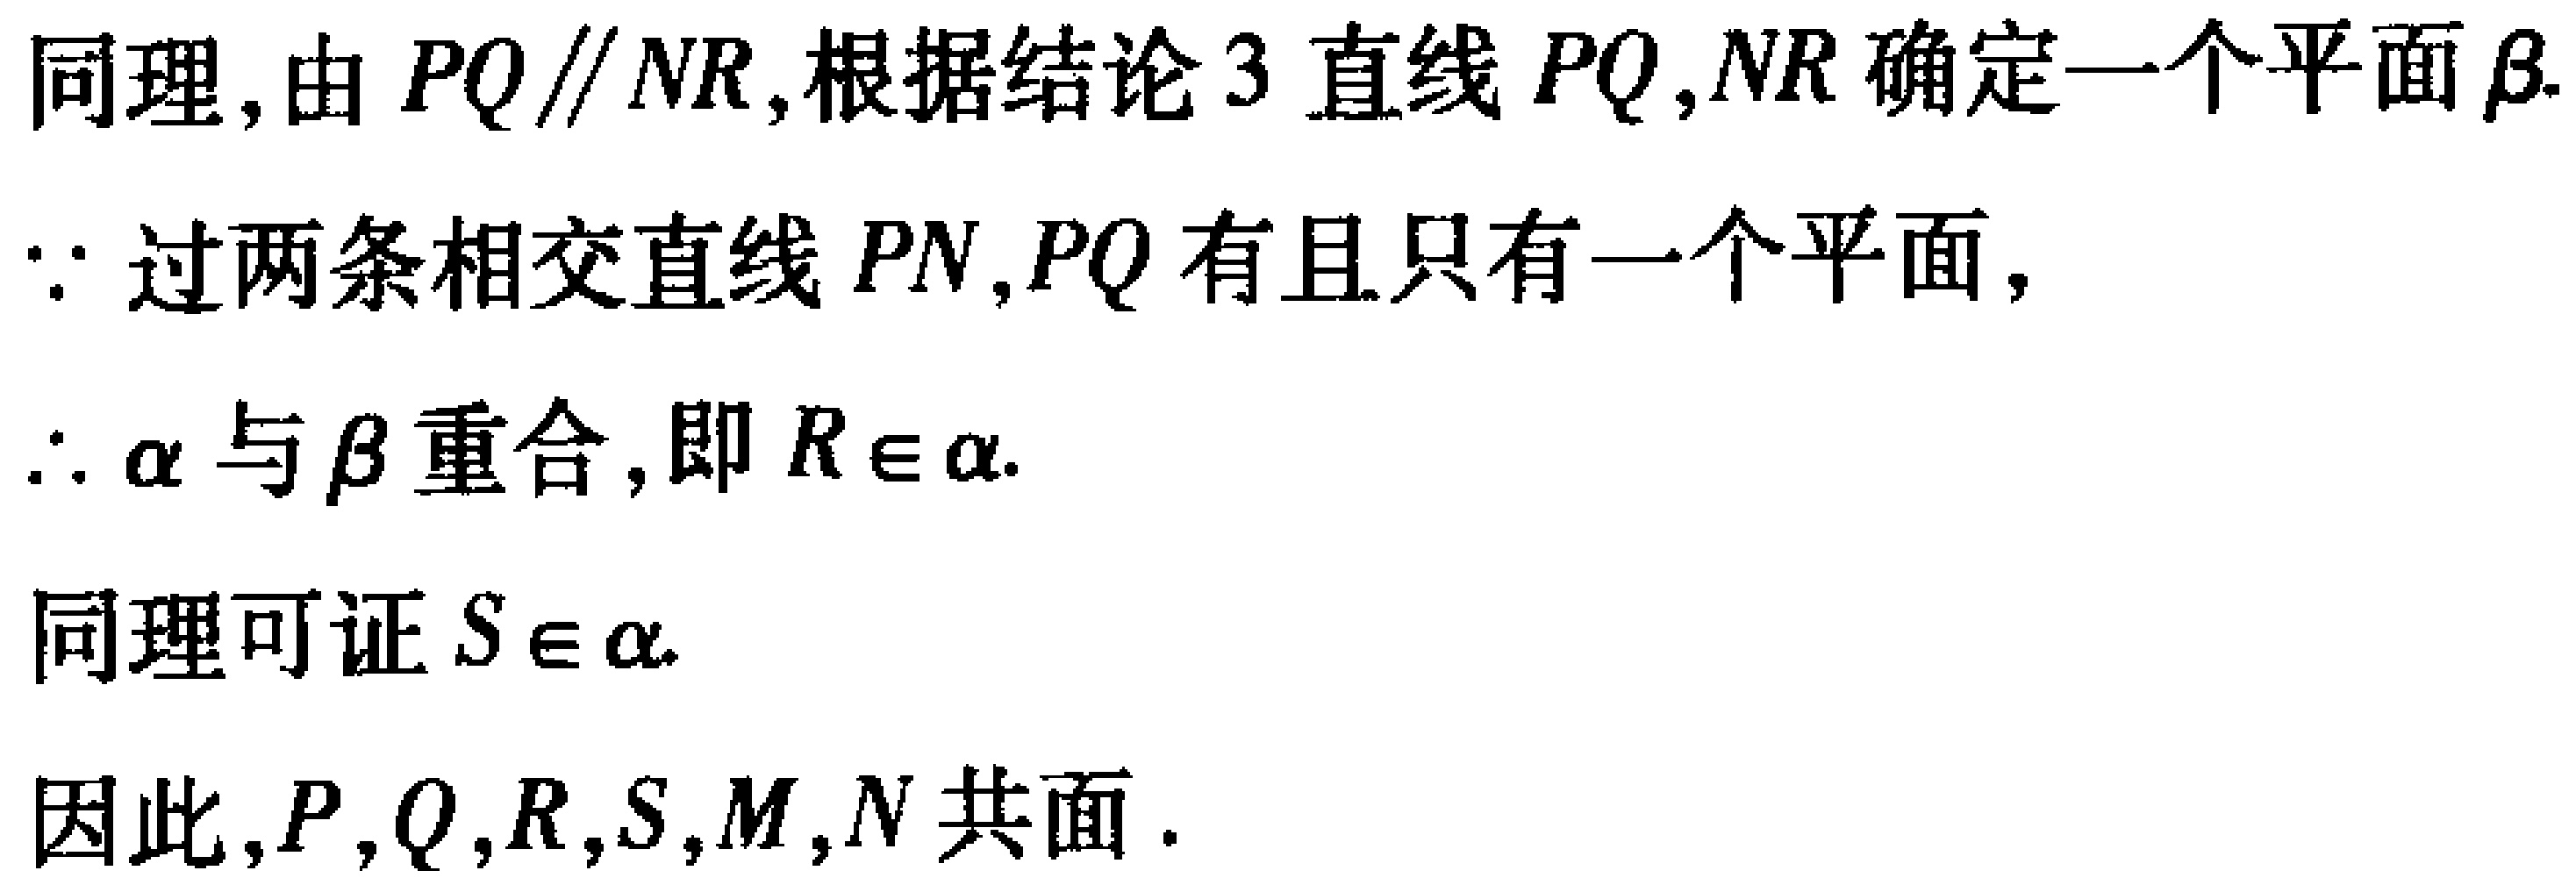
同理, 由 \(PQ\parallel NR\), 根据结论 3 直线 \(PQ,NR\) 确定一个平面 \(\beta\).
\(\because\) 过两条相交直线 \(PN,PQ\) 有且只有一个平面,
\(\therefore \alpha\) 与 \(\beta\) 重合, 即 \(R\in\alpha\).
同理可证 \(S\in\alpha\).
因此, \(P,Q,R,S,M,N\) 共面.